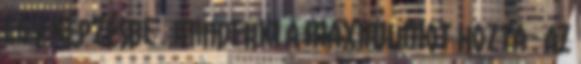
egy képzésbe . Mindenki a maximumot hozta . Az